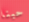
حبنا